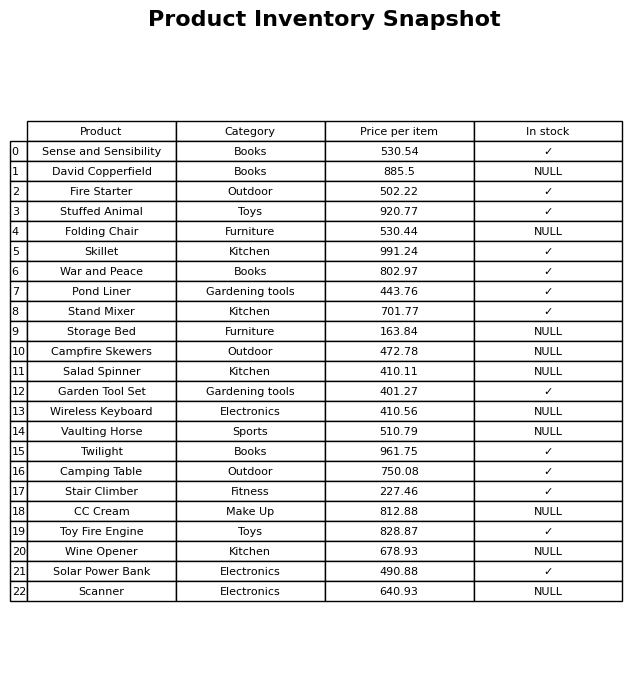
question: What is the price of the Garden Tool Set?
answer: The price of Garden Tool Set is 401.27.